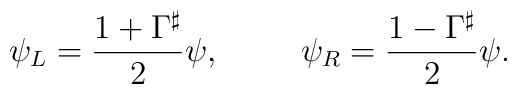
\psi_L = \frac{1 + \Gamma^{\sharp}}{2} \psi,  \hspace{10mm}\psi_R = \frac{1 - \Gamma^{\sharp}}{2} \psi.